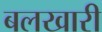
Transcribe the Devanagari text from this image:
बलखारी